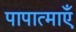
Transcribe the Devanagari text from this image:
पापात्माएँ